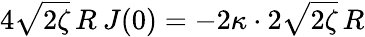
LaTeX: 4\sqrt{2\zeta}\, R\: J(0)=-2\kappa\cdot 2\sqrt{2\zeta}\, R